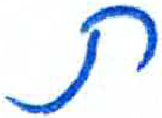
אות: ת